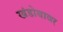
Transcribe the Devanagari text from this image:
खंडोबावर